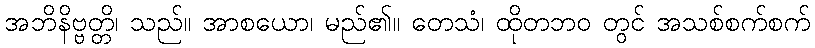
အဘိနိဗ္ဗတ္တိ၊ သည်။ အာစယော၊ မည်၏။ တေသံ၊ ထိုတဘဝ တွင် အသစ်စက်စက်